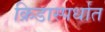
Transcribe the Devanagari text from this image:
क्रिडास्पर्धात